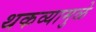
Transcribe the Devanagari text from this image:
थकव्यामुळे